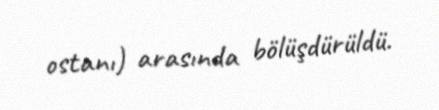
ostanı) arasında bölüşdürüldü.